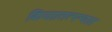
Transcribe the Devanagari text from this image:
किया।तत्पश्चात